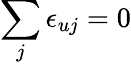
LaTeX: \sum_{j}\epsilon_{uj}=0